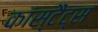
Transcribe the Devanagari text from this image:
कांस्टैंट्स